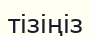
тізіңіз